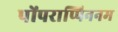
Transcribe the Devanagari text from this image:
पोंपराप्पिननम